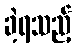
ခဲ့ရသည့်